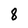
Character: 8